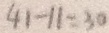
4 1 - 1 1 = 3 0